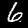
Label: 6